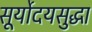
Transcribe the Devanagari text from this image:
सूर्योदयसुद्धा